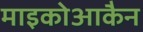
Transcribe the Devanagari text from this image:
माइकोआकैन